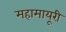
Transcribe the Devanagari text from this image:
महामायूरी